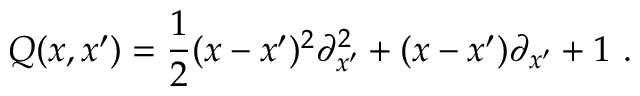
Q ( x , x ^ { \prime } ) = \frac { 1 } { 2 } ( x - x ^ { \prime } ) ^ { 2 } { \partial } _ { x ^ { \prime } } ^ { 2 } + ( x - x ^ { \prime } ) { \partial } _ { x ^ { \prime } } + 1 \ .